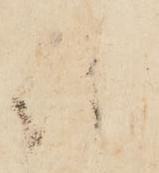
伯